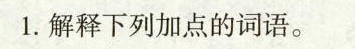
1.解释下列加点的词语。